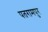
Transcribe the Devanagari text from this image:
पतरामपुर